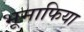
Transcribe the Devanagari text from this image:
भूमाफिया